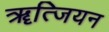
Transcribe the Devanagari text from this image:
ॠत्जियन